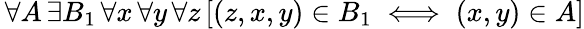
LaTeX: \, \forall A\, \exists B_{1}\, \forall x\, \forall y\, \forall z\, [(z,x,y)\in B_{1}\iff(x,y)\in A]